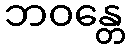
ဘဝန္တေ